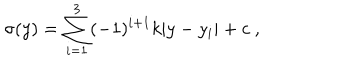
\sigma ( y ) = \sum _ { i = 1 } ^ { 3 } ( - 1 ) ^ { i + 1 } k | y - y _ { i } | + c ~ , ~ \,